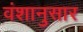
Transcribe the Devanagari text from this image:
वंशानुसार